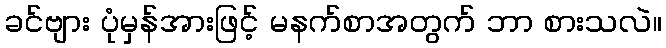
ခင်ဗျား ပုံမှန်အားဖြင့် မနက်စာအတွက် ဘာ စားသလဲ။